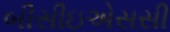
બીસીઇએસસી